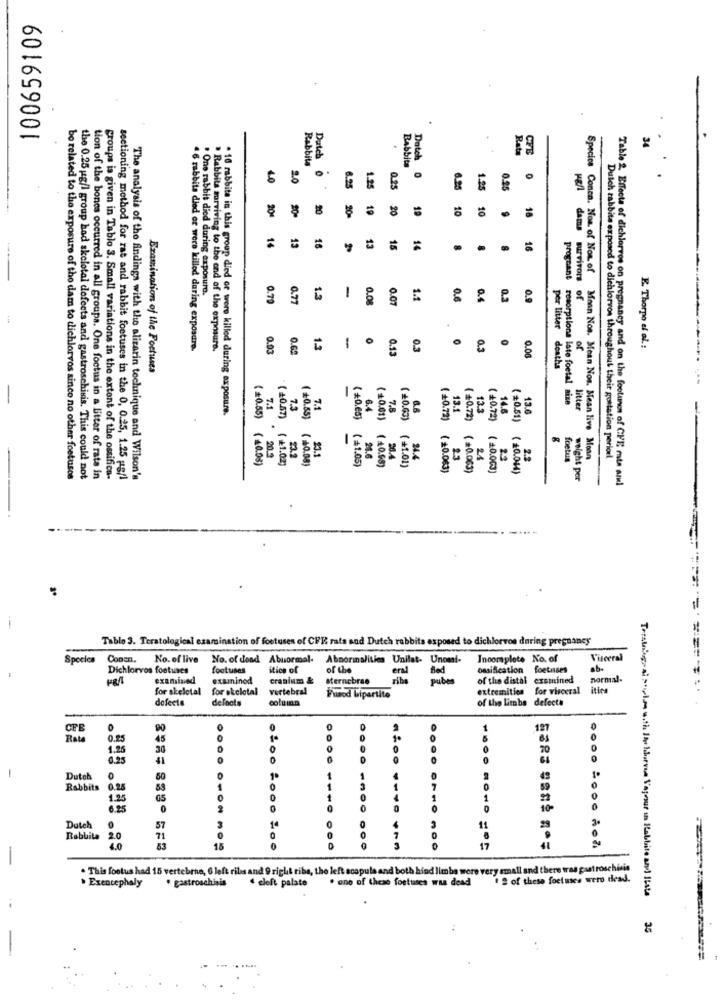
100659109
34
Dutch
CFE
Rabbits
Babbita
4.0
Dotch 0
0
8.25
1.25
0.25
6.95
1.95
0.25
20
19
20
19
10
10
204
20-
20-
18
14
13
15
13
15
16
16
prognant
. One rabbit died during exposure.
0.79
0.77
1.3
-
0.08
0.07
1.1
0.6
0.3
0.9
dams survivors of
of
per litter
4 6 rabbits died or were killed during exposure.
> Rabbits surviving to the end of the exposure.
0.93
0.62
1.3
-
0.13
0.3
0.5
0.00
of
E. Thorpo el el .:
Examination of the Foetuses
deaths
resorptions late foetal size
· 16 mbbita in this group died or were killed during exposure.
7.1
7.3
7.4
7.8
6.6
13.1
13.3
14.6
43.6
litter
(+0.55)
( +0.es)
6.4
( +0.01)
( £0.63)
(+0.72)
( +0.72)
( +0.72)
( =0.51)
-
( =0.55) (40.08)
203
(+0.57) ( +1.02)
23.2
( =0.08)
23.1
(21.05)
26.6
( +0.68)
58.4
24.4
23
24
2.3
2.2
foetus
Species Conen. Non. of Now. of Mann Nos. Mean Nos. Mean live Moan
Dutch rabbita exposed to dichlorvos throughout theit gottation period
(+1.01)
( 10.063)
(=0.063)
( 10.003)
( +0.044)
be related to the exposure of the dam to dichlorvos since no other foetuscs
the 0.25 ug/l group had skolotal dofeets and gastroschinis. This could not
tion of the bones occurred in all groups. One foetus in a Litter of rate in
groups is given in Tablo 3. Small variations in the extent of the ossifica-
sectioning method for rat and rabbit foetuses in the 0, 0.25, 1.25 ps/l
The analysis of the findings with the alizarin technique and Wilson's
weight por
Table 2. Effects of dichlorvos on pregnancy and on the foolunen of CHE mia and
.
Tablo 3. Teratological examination of footuses of CFE rats and Dutch rabbits exposed to dichlorvos during pregnancy
Species
Conen.
No. of live No. of dead Abusormal.
Abnormalities Unilat- Unomat
Incomplete No. of
Visceral
Dichlorvos footuses
footuses
itice of
of the
eral
Ossification foetuses
ob-
PR/
examined
examinod
cranium &
sternebrao
ribe
of the distal examined
normal-
for skeletal
for skclotal
vertebral
extremities for visceral
itira
defecte
defects
column
Fusod bipartito
of the Limbs defects
CFB
90
127
Rata
0.25
1.25
0.25
41
0
Dutch
50
Rabbits
0.25
1.25
65
6.25
0
100
.... ....
Dutch
57
1L
Rabbita 2.0
15
17
-
. This footus had 15 vertebrae, 6 left ribs and 9 right ribs, the left scapula and both hind limba were very small and there was gastroschisis
. one of these foetuscs was dead
2 of these foetuses wero dead.
. Exencephaly . gastroschisis
cleft palate
Terstboga al style with It !durva Vapeur in Rabbite and Iista
35